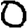
Digit: 0